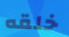
خلقه